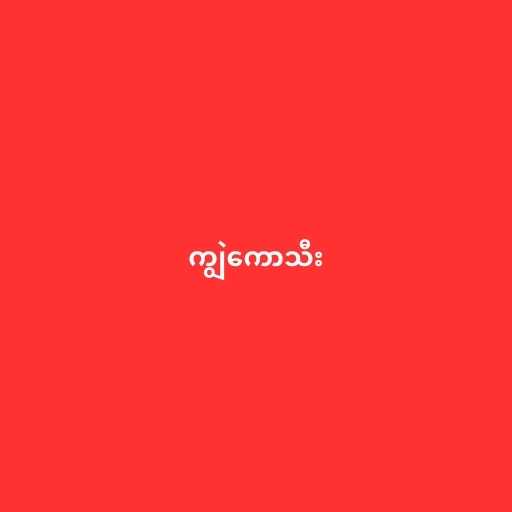
ကျွဲကောသီး